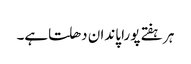
ہر ہفتے پورا پاندان دھلتاہے۔